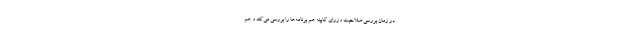
در زمان بررسی صلاحیت وزرای کابینه هم برنامه‌ها را بررسی می‌کند و هم